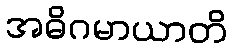
အဓိဂမာယာတိ